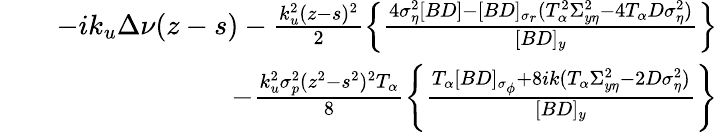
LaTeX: \begin{array}{rlr}&{}&{-ik_{u}\Delta\nu(z-s)-\frac{k_{u}^{2}(z-s)^{2}}{2}\left\{ \frac{4\sigma_{\eta}^{2}[BD]-[BD]_{\sigma_{r}}(T_{\alpha}^{2}\Sigma_{y\eta}^{2}-4T_{\alpha}D\sigma_{\eta}^{2})}{[BD]_{y}}\right\} }\\ &{}&{\quad-\frac{k_{u}^{2}\sigma_{p}^{2}(z^{2}-s^{2})^{2}T_{\alpha}}{8}\left\{ \frac{T_{\alpha}[BD]_{\sigma_{\phi}}+8ik(T_{\alpha}\Sigma_{y\eta}^{2}-2D\sigma_{\eta}^{2})}{[BD]_{y}}\right\} }\end{array}